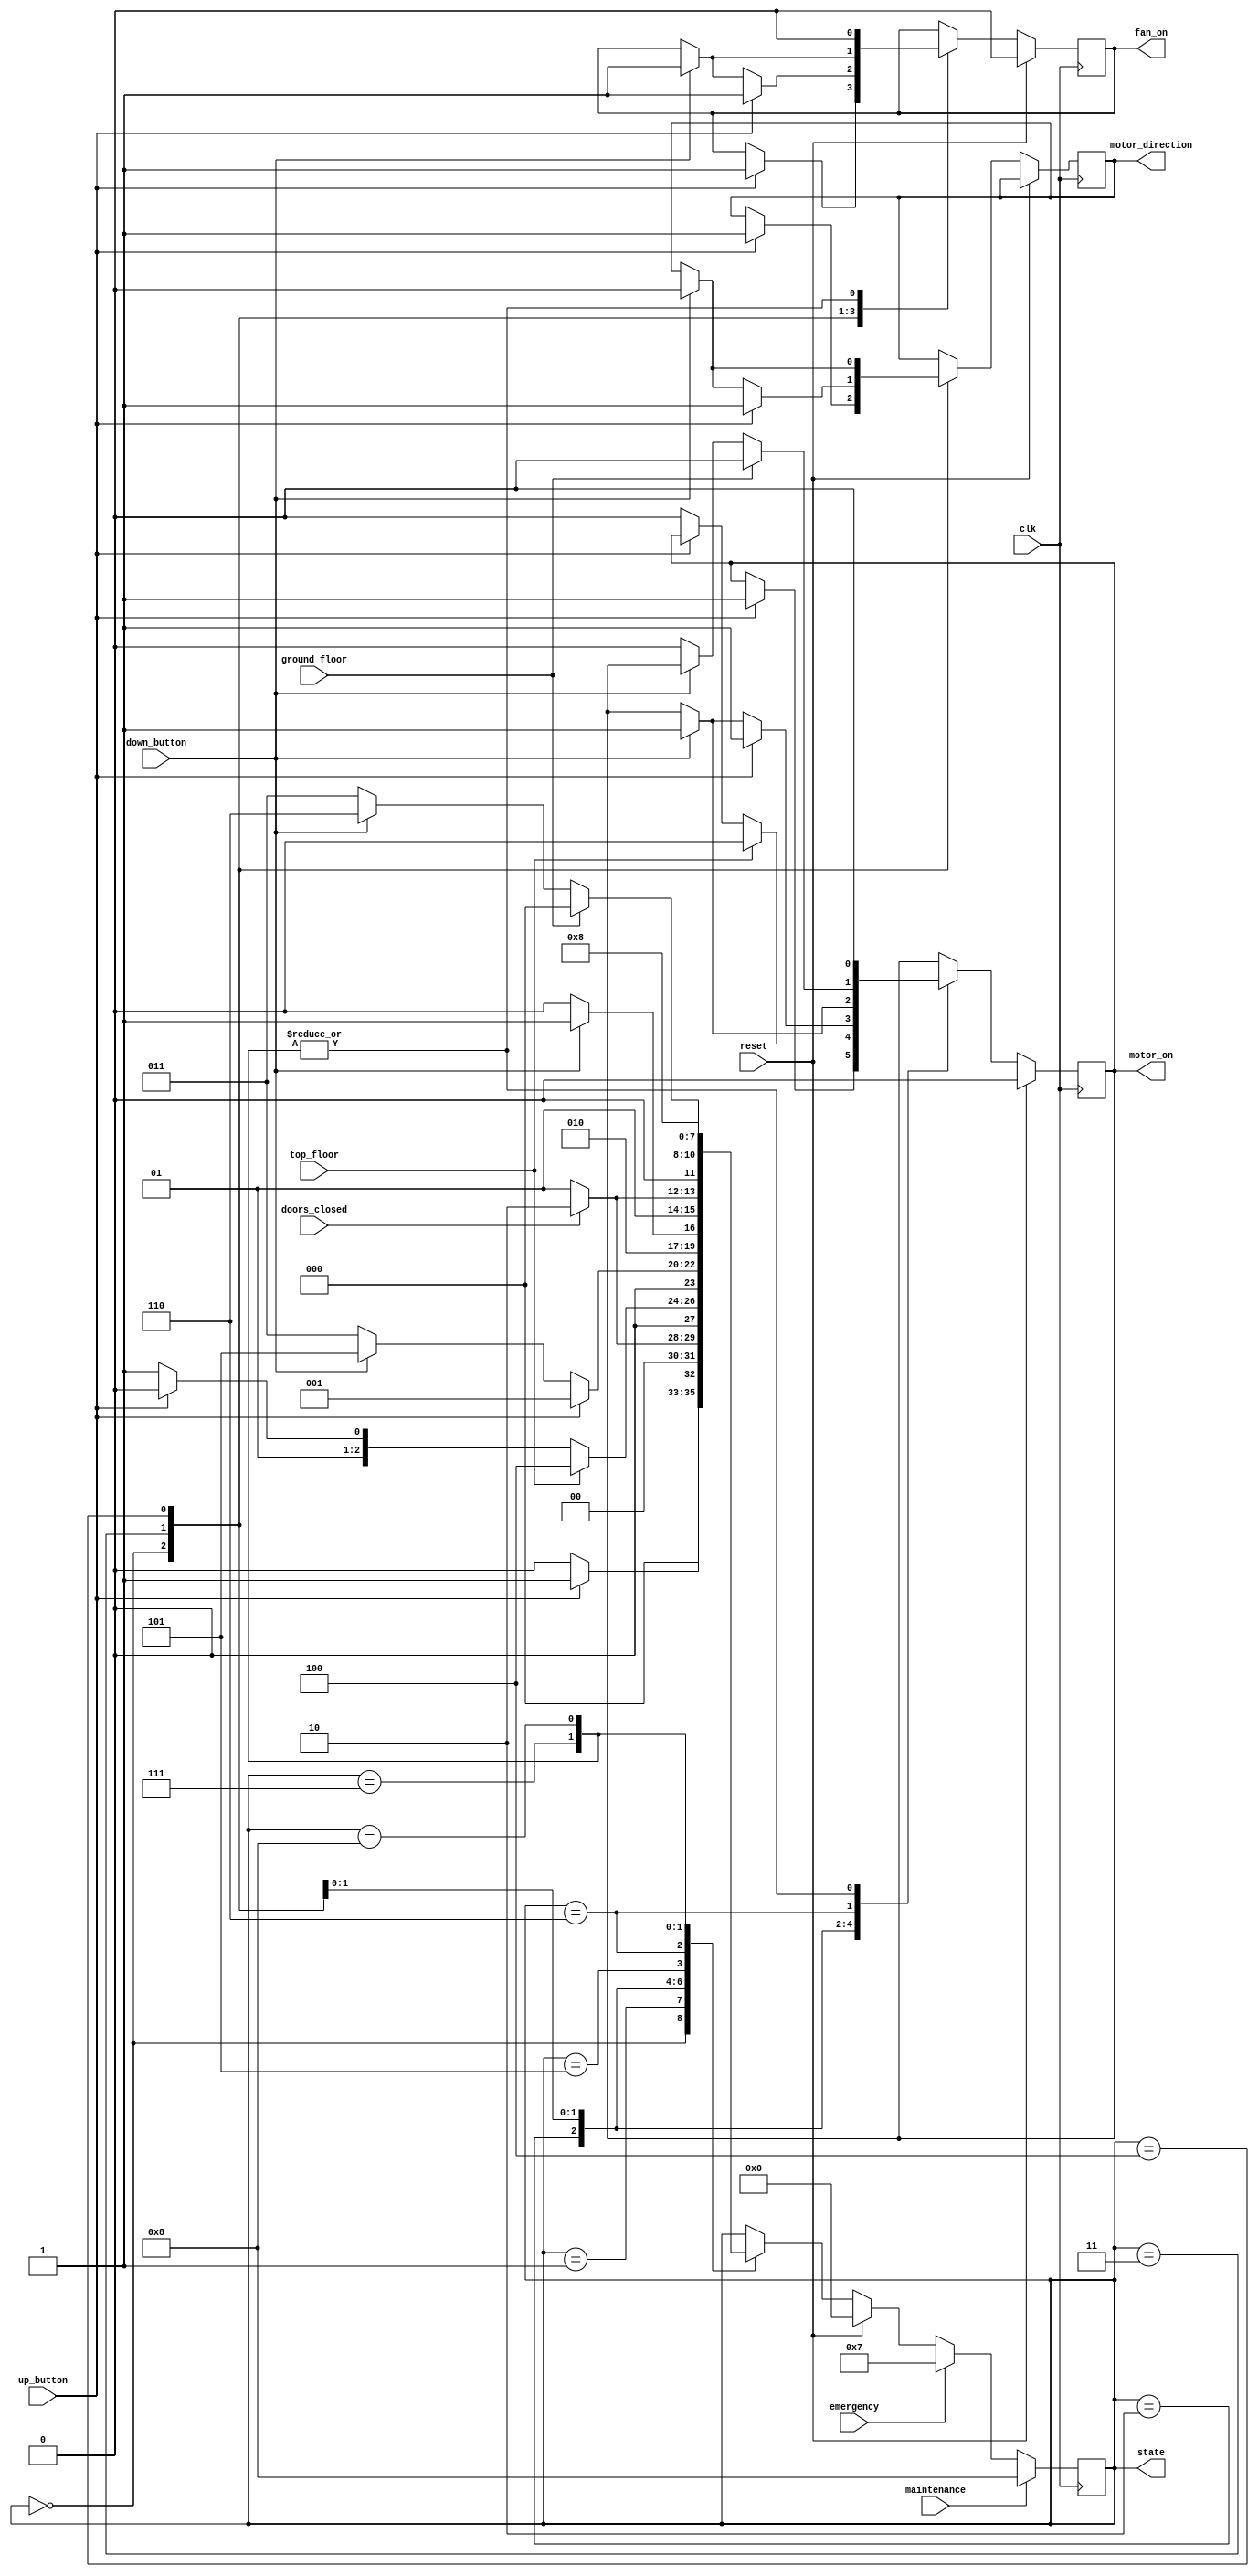

module lift_con(input wire clk, reset, up_button, down_button, doors_closed, top_floor, ground_floor, emergency, maintenance,
           output reg [3:0] state, output reg motor_on, output reg motor_direction, output reg fan_on);

  // State encoding
  parameter Ground = 4'b0000, Starting_up = 4'b0001, Going_up = 4'b0010, Idle = 4'b0011, Top = 4'b0100, Starting_down = 4'b0101, Going_down = 4'b0110, Emergency = 4'b0111, Maintenance = 4'b1000;

  always @(posedge clk ) begin
    if (reset) begin
      state <= Ground;
      motor_on <= 0;
      fan_on <= 0;
    end
    else begin
      case (state)
        Ground: begin
          if (up_button) begin
            state <= Starting_up;
            motor_on <= 1;
            motor_direction <= 1; // Upward
            fan_on <= 1;
          end
          else state <= Ground;
        end
        Starting_up: begin
          if (doors_closed) state <= Going_up;
          else state <= Starting_up;
        end
        Going_up: begin
          if (top_floor) begin
            state <= Top;
            motor_on <= 0;
          end
          else if (!up_button) begin
            state <= Idle;
            motor_on <= 0;
          end
          else state <= Going_up;
        end
        Idle: begin
          if (up_button) begin
            state <= Starting_up;
            motor_on <= 1;
            motor_direction <= 1; // Upward
            fan_on <= 1;
          end
          else if (down_button) begin
            state <= Starting_down;
            motor_on <= 1;
            motor_direction <= 0; // Downward
            fan_on <= 1;
          end
          else state <= Idle;
        end
        Top: begin
          if (down_button) begin
            state <= Starting_down;
            motor_on <= 1;
            motor_direction <= 0; // Downward
            fan_on <= 1;
          end
          else state <= Top;
        end
        Starting_down: begin
          if (doors_closed) state <= Going_down;
          else state <= Starting_down;
        end
        Going_down: begin
          if (ground_floor) begin
            state <= Ground;
            motor_on <= 0;
          end
          else if (!down_button) begin
            state <= Idle;
            motor_on <= 0;
          end
          else state <= Going_down;
        end
        Emergency: begin
          state <= Ground;
          motor_on <= 0;
          fan_on <= 0;
        end
        Maintenance: begin
          state <= Maintenance;
          motor_on <= 0;
          fan_on <= 0;
        end
      endcase
    end
    if (emergency) state <= Emergency;
    if (maintenance) state <= Maintenance;
  end
endmodule